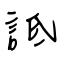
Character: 詆